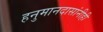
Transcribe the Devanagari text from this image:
हनुमानदासांनीही